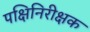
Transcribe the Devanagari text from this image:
पक्षिनिरीक्षक